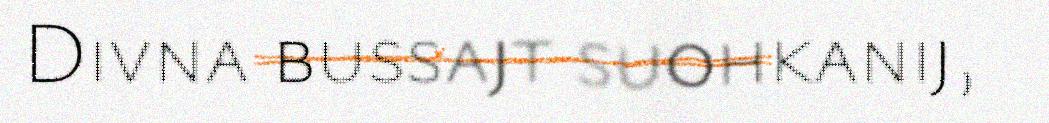
Divna bussajt suohkanij,